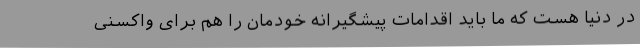
در دنیا هست که ما باید اقدامات پیشگیرانه خودمان را هم برای واکسنی